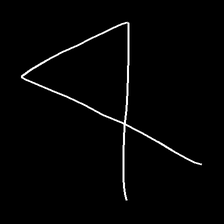
Glyph: collection